Report of the Indian Hemp Drugs Commission, 1894-1895 - Volume III
Year: 1894
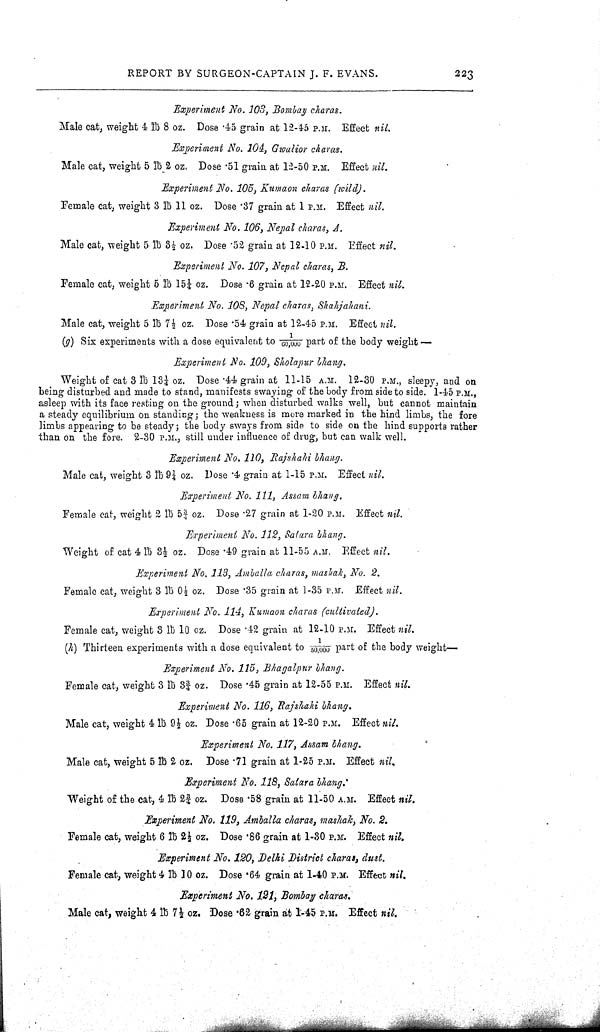
REPORT BY SURGEON-CAPTAIN J. F. EVANS.
223
Experiment No. 103, Bombay charas.
Male cat, weight 4 lb 8 oz. Dose .45 grain at 12-45 P.M. Effect nil.
Experiment No. 104, Gwalior charas.
Male cat, weight 5 lb 2 oz. Dose .51 grain at 12-50 P.M. Effect nil.
Experiment No. 105, Kumaon charas (wild).
Female cat, weight 3 lb 11 oz. Dose .37 grain at 1 P.M. Effect nil.
Experiment No. 106, Nepal charas, A.
Male cat, weight 5 lb 31/2 oz. Dose .52 grain at 12-10 P.M. Effect nil.
Experiment No. 107, Nepal charas, B.
Female cat, weight 5 lb 151/4 oz. Dose .6 grain at 12-20 P.M. Effect nil.
Experiment No. 108, Nepal charas, Shahjahani.
Male cat, weight 5 lb 71/2 oz. Dose .54 grain at 12-45 P.M. Effect nil.
(g) Six experiments with a dose equivalent to 1/60,000 part of the body weight —
Experiment No. 109, Sholapur bhang.
Weight of cat 3 lb 131/4 oz. Dose .44 grain at 11-15 A.M. 12-30 P.M., sleepy, and on
being disturbed and made to stand, manifests swaying of the body from side to side. 1-45 P.M.,
asleep with its face resting on the ground; when disturbed walks well, but cannot maintain
a steady equilibrium on standing; the weakness is more marked in the hind limbs, the fore
limbs appearing to be steady; the body sways from side to side on the hind supports rather
than on the fore. 2-30 P.M., still under influence of drug, but can walk well.
Experiment No. 110, Rajshahi bhang.
Male cat, weight 3 lb 91/4 oz. Dose .4 grain at 1-15 P.M. Effect nil.
Experiment No. 111, Assam bhang.
Female cat, weight 2 lb 53/4 oz. Dose .27 grain at 1-20 P.M. Effect nil.
Experiment No. 112, Satara bhang.
Weight of cat 4 lb 31/2 oz. Dose .49 grain at 11-55 A.M. Effect nil.
Experiment No. 113, Amballa charas, mashak, No. 2.
Female cat, weight 3 lb 01/2 oz. Dose .35 grain at 1-35 P.M. Effect nil.
Experiment No. 114, Kumaon charas (cultivated).
Female cat, weight 3 lb 10 oz. Dose .42 grain at 12-10 P.M. Effect nil.
(h) Thirteen experiments with a dose equivalent to 1/50,000 Part of the body weight-
Experiment No. 115, Bhagalpur bhang.
Female cat, weight 3 lb 33/4 oz. Dose .45 grain at 12-55 P.M. Effect nil.
Experiment No. 116, Rajshahi bhang.
Male cat, weight 4 lb 91/2 oz. Dose .65 grain at 12-20 P.M. Effect nil.
Experiment No. 117, Assam bhang.
Male cat, weight 5 lb 2 oz. Dose .71 grain at 1-25 P.M. Effect nil.
Experiment No. 118, Satara bhang.
Weight of the cat, 4 lb 23/4 oz. Dose .58 grain at 11-50 A.M. Effect nil.
Experiment No. 119, Amballa charas, mashak, No. 2.
Female cat, weight 6 lb 21/2 oz. Dose .86 grain at 1-30 P.M. Effect nil.
Experiment No. 120, Delhi District charas, dust.
Female cat, weight 4 lb 10 oz. Dose .64 grain at 1-40 P.M. Effect nil.
Experiment No. 121, Bombay charas.
Male cat, weight 4 lb 71/2 oz. Dose .62 grain at 1-45 P.M. Effect nil.